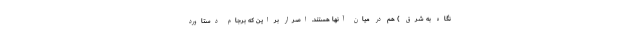
نگاه به شرق ) هم در میان آنها هستند. اصرار بر این که برجام دستاورد